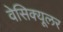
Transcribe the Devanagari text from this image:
वेसिक्यूलर